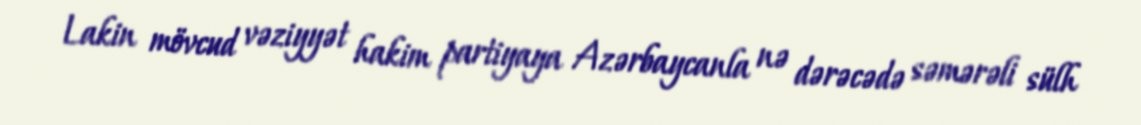
Lakin mövcud vəziyyət hakim partiyaya Azərbaycanla nə dərəcədə səmərəli sülh